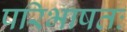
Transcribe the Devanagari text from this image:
परिभाषतः